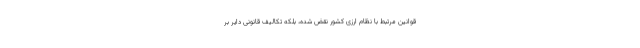
قوانین مرتبط با نظام ارزی کشور نقض شده، بلکه تکالیف قانونی دایر بر